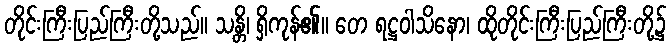
တိုင်းကြီးပြည်ကြီးတို့သည်။ သန္တိ၊ ရှိကုန်၏။ တေ ရဋ္ဌဝါသိနော၊ ထိုတိုင်းကြီးပြည်ကြီးတို့၌